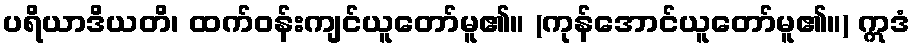
ပရိယာဒိယတိ၊ ထက်ဝန်းကျင်ယူတော်မူ၏။ (ကုန်အောင်ယူတော်မူ၏။) ဣဒံ